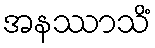
အနဿာသိံ